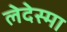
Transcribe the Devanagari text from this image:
लेदेस्मा